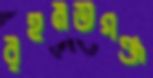
রহমতগঞ্জ